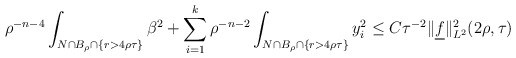
\begin{align*}\rho^{-n-4}\int_{N \cap B_{\rho} \cap \{r>4\rho\tau\}} \beta^2 + \sum_{i=1}^k\rho^{-n-2}\int_{N \cap B_{\rho} \cap \{r>4\rho\tau\}} y_i^2 \leq C\tau^{-2} \|\underline{f}\|^2_{L^2}(2\rho,\tau)\end{align*}